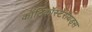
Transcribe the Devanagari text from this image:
कॉर्टिकॉस्टेरॉयड्स